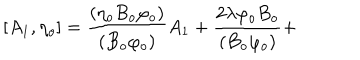
\lbrack A _ { 1 } , \eta _ { o } ] = \frac { ( \eta _ { o } B _ { o } \varphi _ { o } ) } { ( B _ { o } \varphi _ { o } ) } A _ { 1 } ^ { { } } + \frac { 2 \lambda \varphi _ { o } B _ { o } } { ( B _ { o } \varphi _ { o } ) } +